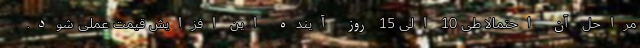
مراحل آن احتمالا طی 10 الی 15 روز آینده این افزایش قیمت عملی شود.